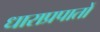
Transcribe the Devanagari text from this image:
धाराप्रपातों